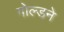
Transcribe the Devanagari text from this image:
गोल्डने